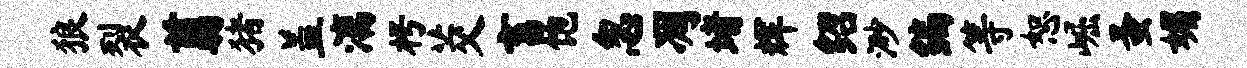
狼裂翦猪盖漓枵茭畜饱忽凋堵辉绍渺编等恕崛蚤媚